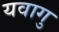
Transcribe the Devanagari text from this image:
यवागु